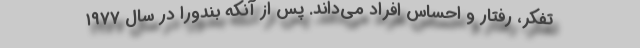
تفکر، رفتار و احساس افراد می‌داند. پس از آنکه بندورا در سال ۱۹۷۷